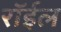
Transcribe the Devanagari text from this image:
रॉईल